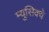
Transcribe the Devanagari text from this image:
म्युसिक्वे